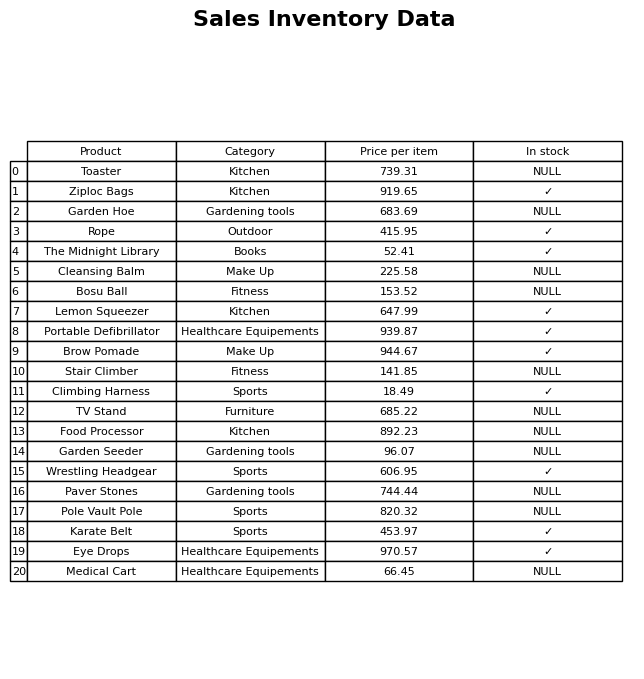
question: Which products are available in stock?
answer: Ziploc Bags, Rope, The Midnight Library, Lemon Squeezer, Portable Defibrillator, Brow Pomade, Climbing Harness, Wrestling Headgear, Karate Belt, Eye Drops